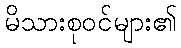
မိသားစုဝင်များ၏